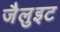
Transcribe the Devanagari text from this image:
जैलुइट